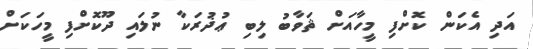
އަދި އެކަން ކޮށްފި މީހާއަށް ޘަވާބު ލިބި ޢުޛުރަކާ ނުލައި ދޫކޮށްފި މީހަކަށް